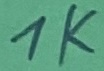
Text: 1K